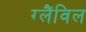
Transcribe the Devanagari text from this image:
ग्लैंविल